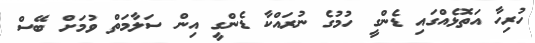
ހުރިހާ އަތޮޅެއްގައި ޑެންގީ ހުމުގެ ނުރައްކާ ޑެންގީ އިން ސަލާމަތް ވުމަށް ބޭސް